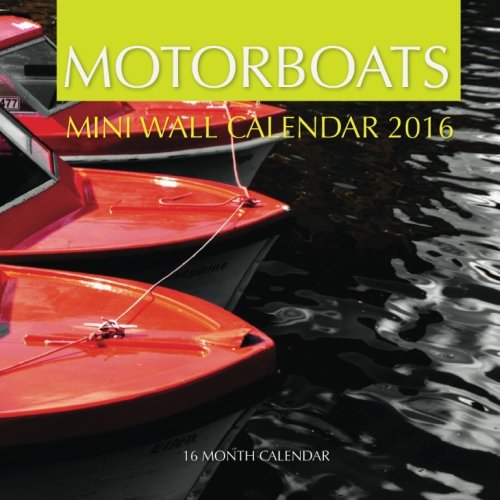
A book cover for Motor Boats Mini Wall Calendar 2016: 16 Month Calendar; Jack Smith; Calendars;